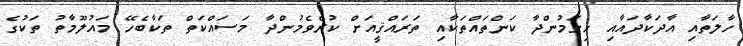
ހާލަތާއި އާދަކާދައާއި ހިގަމުންދާ ކަންތައްތަކާއި ތަރައްޤީއަށް ކުރެވެމުންދާ މަސައްކަތް ތަކާބެހޭ މައުލޫމާތު ތަކުގެ